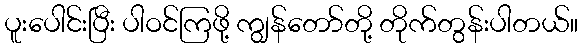
ပူးပေါင်းပြီး ပါဝင်ကြဖို့ ကျွန်တော်တို့ တိုက်တွန်းပါတယ်။